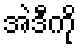
အဲဒီကို